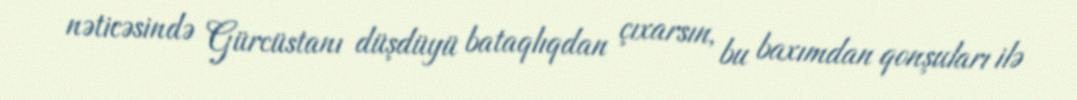
nəticəsində Gürcüstanı düşdüyü bataqlıqdan çıxarsın, bu baxımdan qonşuları ilə